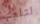
لتلعب